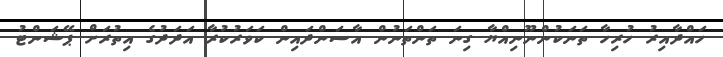
ހައްދާއިރު ހުރިހާ ތަނަކުންނޫނިއްޔާ ގިނަ ތަންތަނުން އާސަންދައިން ކަވަރުކުރާ އަދަދުގެ އިތުރަށް ޕޭޝަންޓު